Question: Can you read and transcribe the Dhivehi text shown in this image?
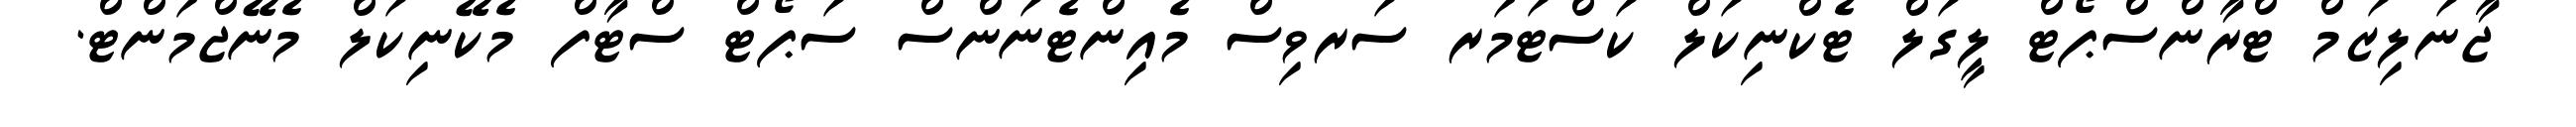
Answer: ޖާނަލިޒަމް ޓްރާންސްޕޯޓް ލީގަލް ޓެކްނިކަލް ކަސްޓަމަރ ސަރވިސް މެއިންޓެނަންސް ސަޕޯޓް ސްޓާފް މެކޭނިކަލް މެނޭޖްމަންޓް.